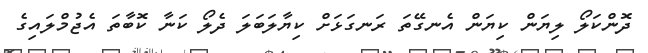
ދޮންކަލޯ ލިޔަން ކިޔަން އެނގޭތަ ރަނގަޅަށް ކިޔާލަބަލަ ދެލޯ ކަނާ ކޮބާތަ އެޖުމްލައިގެ